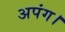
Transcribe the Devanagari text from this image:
अपंग।